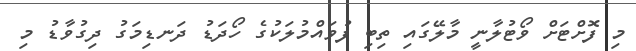
މި ފޮށްޓަށް ވޯޓުލާނީ މާލޭގައި ތިބި ފުވައްމުލަކުގެ ހޯދަޑު ދަނޑިމަގު ދިގުވާޑު މި